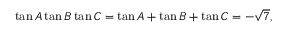
\tan A \tan B \tan C = \tan A + \tan B + \tan C = - { \sqrt { 7 } } ,